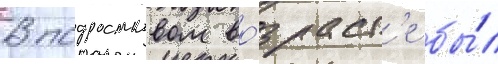
В подростковом во́зраст'е бы́л